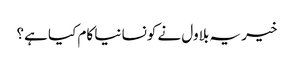
خیر یہ بلاول نے کونسا نیا کام کیا ہے؟